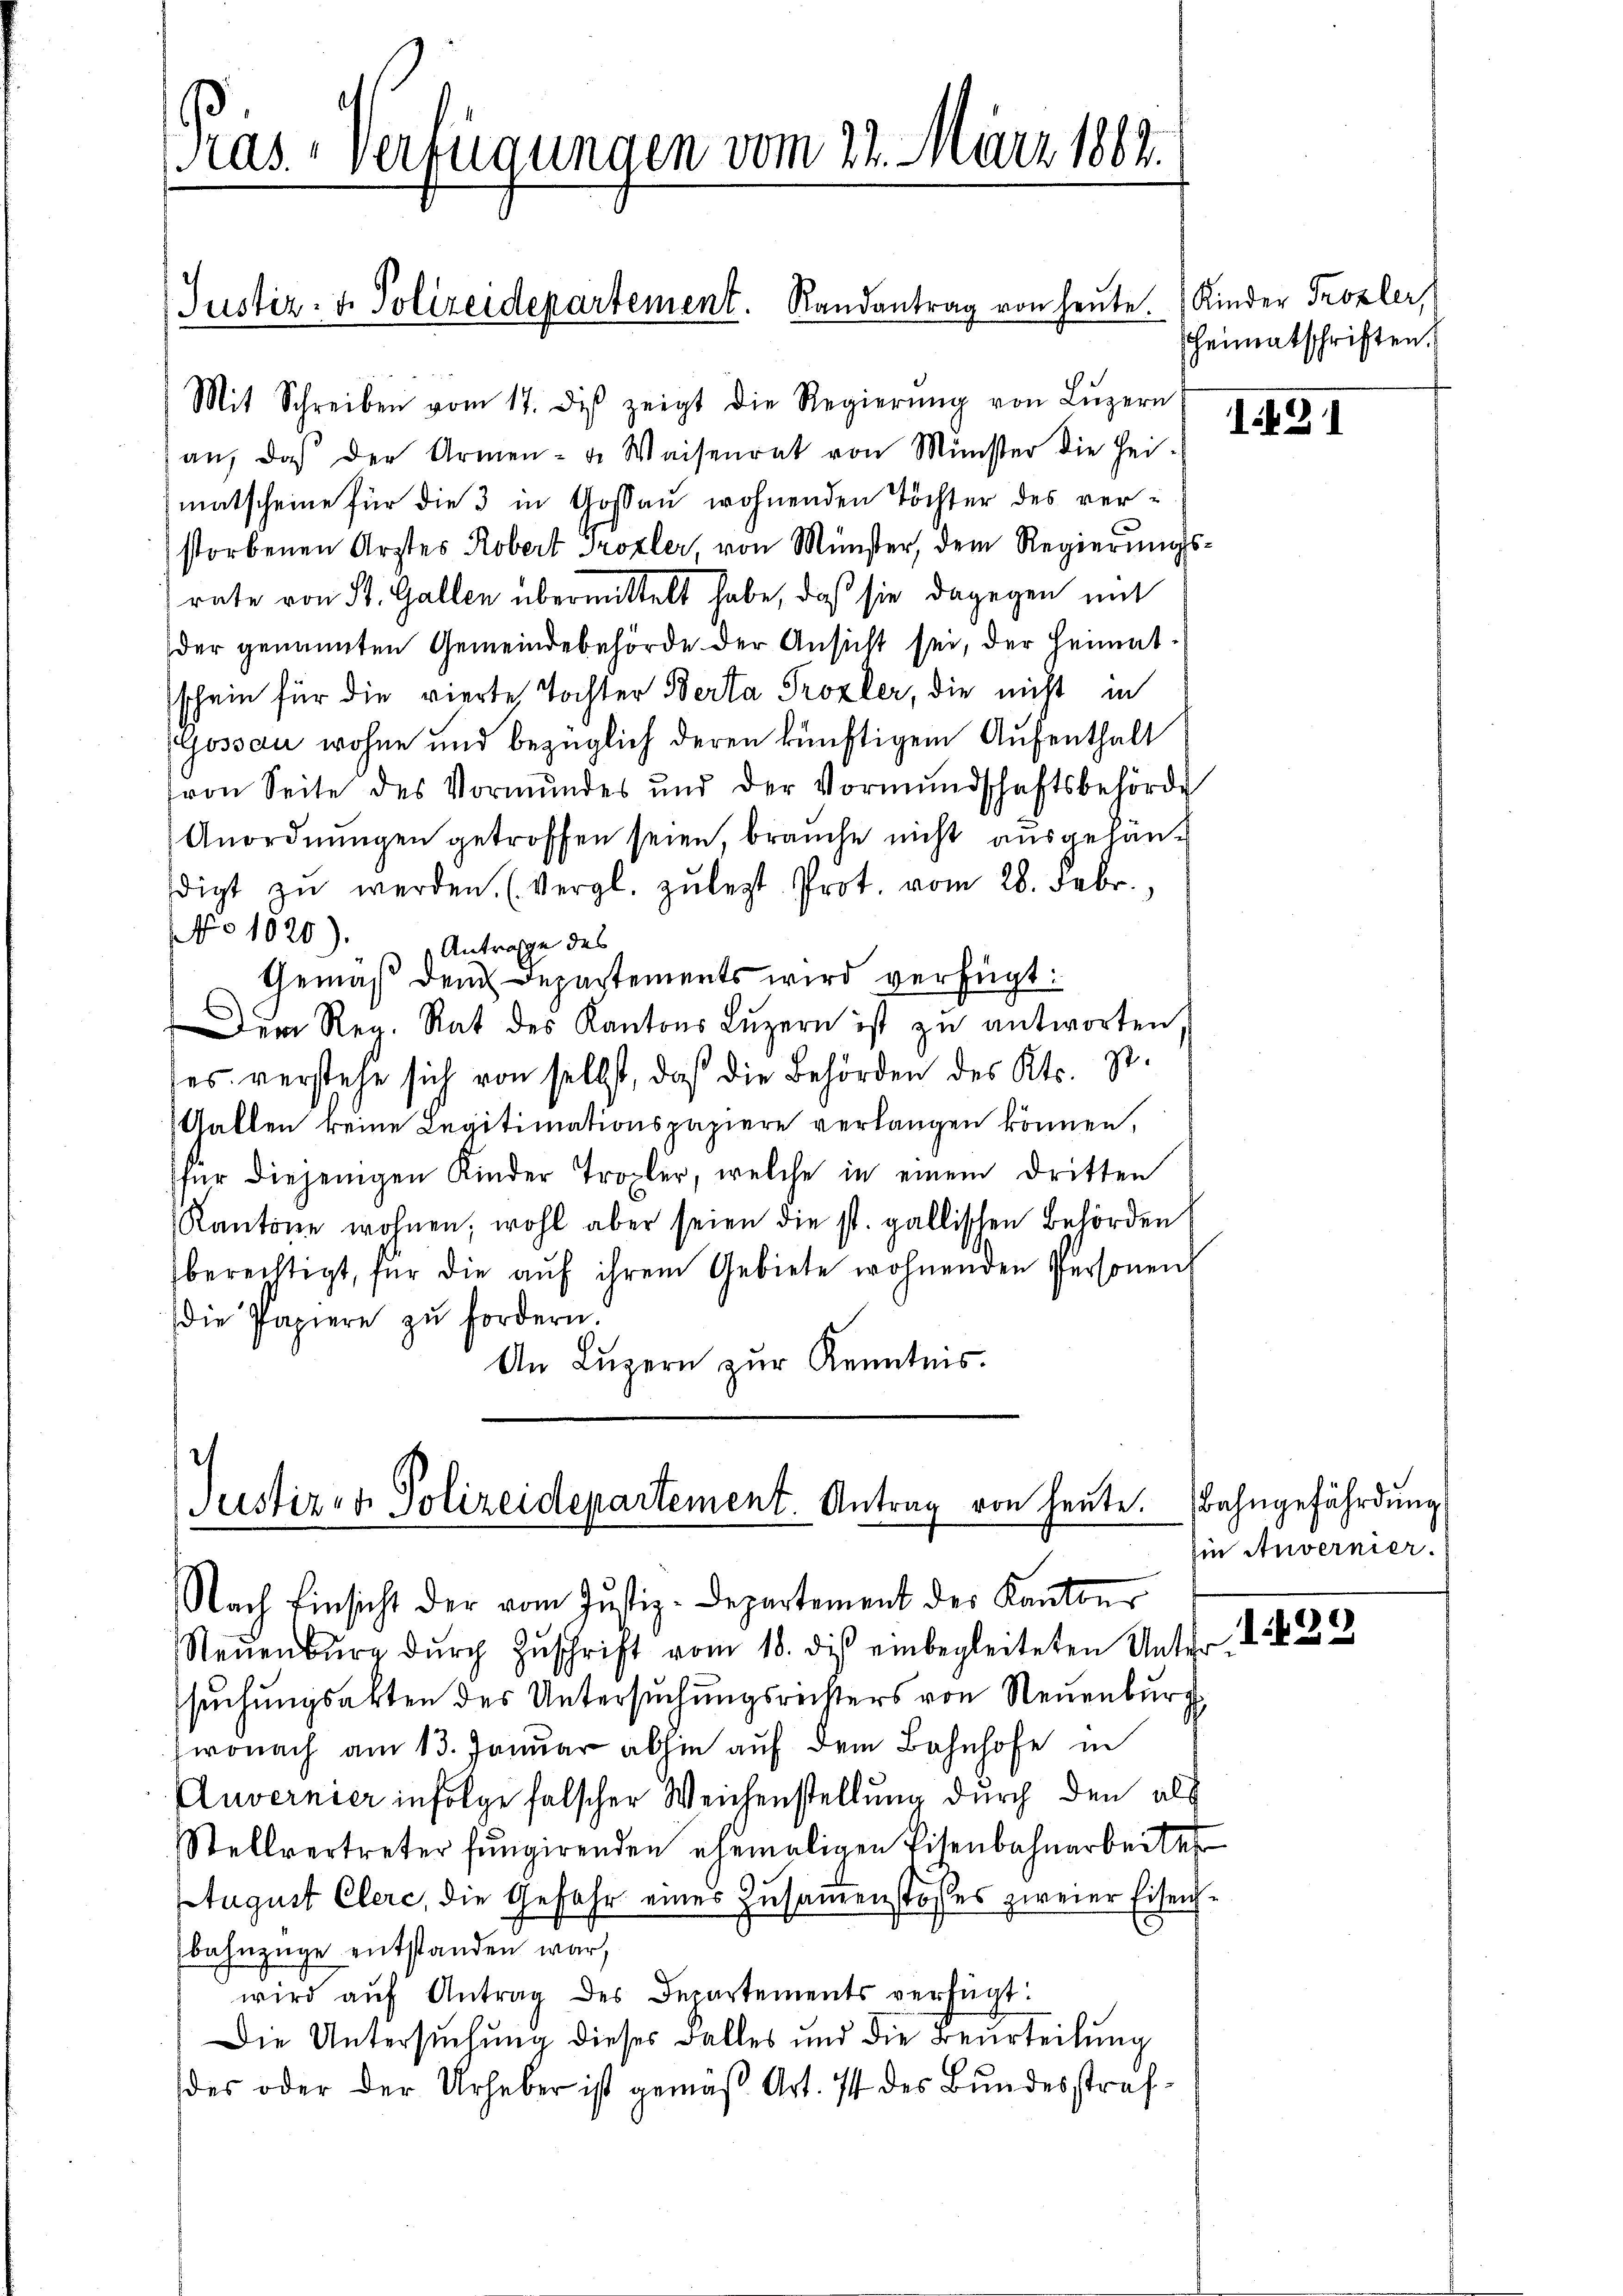
as. - Verfügungen vom 22. März 1862.

Justiz- & Polizeidepartement. Randantrag von heute. Kinder Trozler,
Mit Schreiben vom 17. diβ zeigt die Regierŭng von Lŭzern

an, daß der Armen- u. Waisenrat von Minister die Hei-
matscheine für die 3 in Gossau wohnenden Töchter des verstorbenen Arztes Robert Trozler, von Münster, dem Regierŭngs-
rate von St. Gallen übermittelt habe, daß sie dagegen mit
der genannten Gemeindebehörde der Ansicht sei, der Heimatsschein für die vierte Tochter Berta Prozler, die nicht in
Gossau wohne und bezüglich deren künftigem Aufenthalt
von Seite des Vormundes und der Vormŭndschaftsbehörde
Anordnŭngen getroffen seien, brauche nicht ausgehandigt zŭ werden. (Vergl. zŭ legt. Prot. vom 28. Febr.,
 No 1020). Antrage des
Gemäß dem Departements wird verfügt:
Der Reg. Rat des Kantons Luzern ist zu antworten,
des verstehe sich von selbst, daß die Behörden des Kts. Zt.
Katten keine Legitimationspapiere verlangen können,
für diejenigen Kinder Tropfer, welche in einem dritten
Kantone wohnen, wohl aber seien die st. gallischen Behörden
berechtigt, für die auf ihrem Gebiete wohnenden Personen
die Papiere zŭ fordern.
An Lŭzern zŭr Kenntnis.

Justiz- & Polizeidepartement. Antrag von heute.
Nach Einsicht der vom Justiz-Departement des Kantons

Neŭenbŭrg dŭrch Zŭschrift vom 18. die einbegleiteten Unter.
suchungsakten des Untersuchungsreisters von Neuenburg
wonach am 13. Januar abhin auf dem Bahnhofe in
Auvernier infolge falscher Weichenstellung durch den als
Stellvertreter fungirenden ehemaligen Eisenbahnarbeite
August Clerc, die Gefahr einer Zusammenstosses zweier Eisenbahnzüge entstanden war,
wird aŭf Antrag des Departements verfügt:
Die Untersuchung dieses Falles und die Beurteilung
des oder der Urheber ist gemäß Art. 74 des Bundesstraf¬

heimatschriften.

1421

Bahngefährdung,
in Anvernier.